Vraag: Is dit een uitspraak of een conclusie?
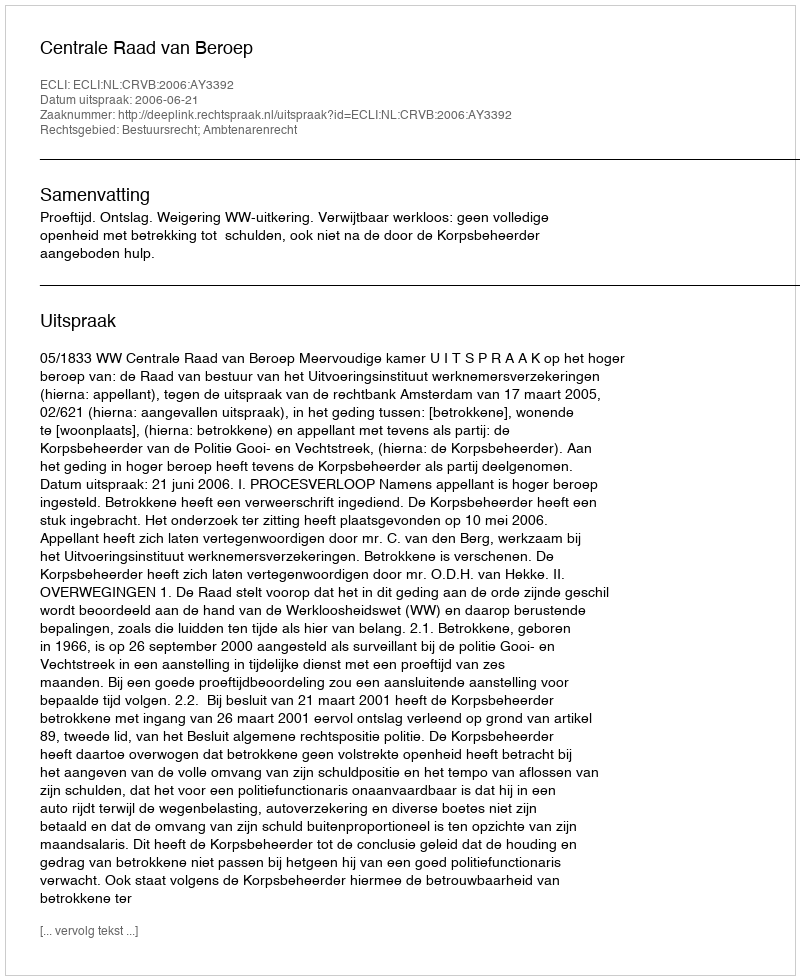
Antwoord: Uitspraak